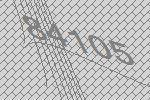
84105